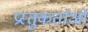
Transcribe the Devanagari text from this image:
प्रस्तुकर्तांओं